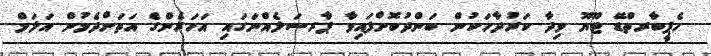
ހެޕީބާރތްޑޭ ޓޫޔޫ ވިދާ ކަރުދާހަކުން ބަންދުކޮށްފައިވާ ޕާރސަލެއްނަގައި އަހަރެންގެ އަތަށްދެމުން އަލަމް